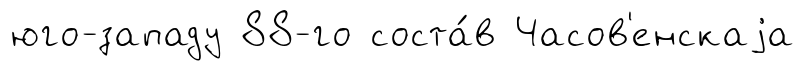
юго-западу 88-го соста́в Часов'енскаjа